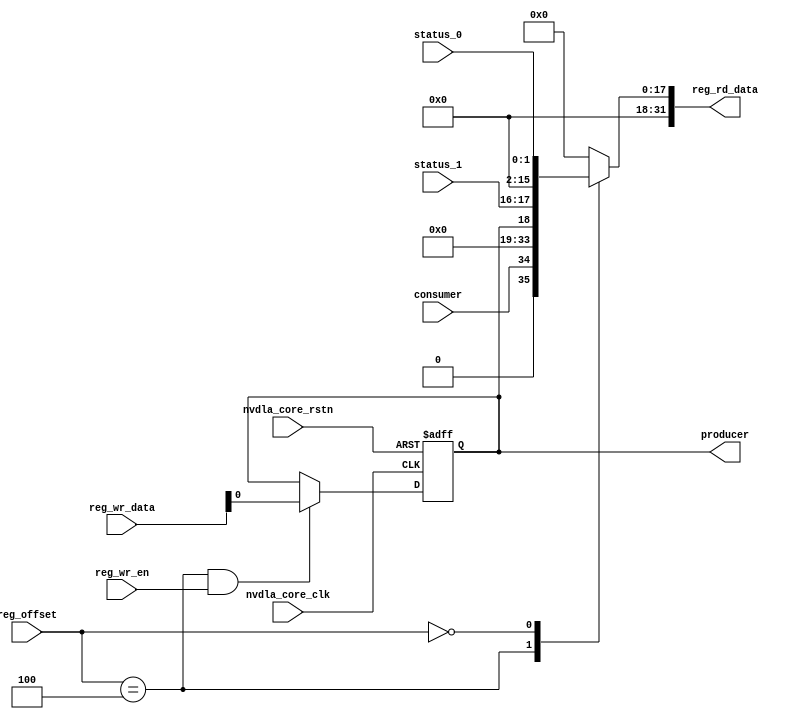
// ================================================================
// NVDLA Open Source Project
// 
// Copyright(c) 2016 - 2017 NVIDIA Corporation.  Licensed under the
// NVDLA Open Hardware License; Check "LICENSE" which comes with 
// this distribution for more information.
// ================================================================


module NV_NVDLA_PDP_REG_single (
   reg_rd_data
  ,reg_offset
   // verilint 498 off
   // leda UNUSED_DEC off
  ,reg_wr_data
   // verilint 498 on
   // leda UNUSED_DEC on
  ,reg_wr_en
  ,nvdla_core_clk
  ,nvdla_core_rstn
  ,producer
  ,consumer
  ,status_0
  ,status_1
  );

wire   [31:0] nvdla_pdp_s_pointer_0_out;
wire   [31:0] nvdla_pdp_s_status_0_out;
wire   [11:0] reg_offset_rd_int;
wire   [31:0] reg_offset_wr;
// Register control interface
output [31:0] reg_rd_data;
input [11:0]  reg_offset;
input [31:0]  reg_wr_data;  //(UNUSED_DEC)
input         reg_wr_en;
input         nvdla_core_clk;
input         nvdla_core_rstn;


// Writable register flop/trigger outputs
output        producer;

// Read-only register inputs
input         consumer;
input [1:0]   status_0;
input [1:0]   status_1;

// wr_mask register inputs

// rstn register inputs

// leda FM_2_23 off
reg           arreggen_abort_on_invalid_wr;
reg           arreggen_abort_on_rowr;
reg           arreggen_dump;
// leda FM_2_23 on
reg           producer;
reg    [31:0] reg_rd_data;

assign reg_offset_wr = {20'b0 , reg_offset};
// SCR signals

// Address decode
wire nvdla_pdp_s_pointer_0_wren = (reg_offset_wr == (32'hd004  & 32'h00000fff)) & reg_wr_en ;  //spyglass disable UnloadedNet-ML //(W528)
wire nvdla_pdp_s_status_0_wren = (reg_offset_wr == (32'hd000  & 32'h00000fff)) & reg_wr_en ;  //spyglass disable UnloadedNet-ML //(W528)

assign nvdla_pdp_s_pointer_0_out[31:0] = { 15'b0, consumer, 15'b0, producer };
assign nvdla_pdp_s_status_0_out[31:0] = { 14'b0, status_1, 14'b0, status_0 };

assign reg_offset_rd_int = reg_offset;
// Output mux
//spyglass disable_block W338, W263 
always @(
  reg_offset_rd_int
  or nvdla_pdp_s_pointer_0_out
  or nvdla_pdp_s_status_0_out
  ) begin
  case (reg_offset_rd_int)
     (32'hd004  & 32'h00000fff): begin 
                            reg_rd_data =  nvdla_pdp_s_pointer_0_out ;
                            end 
     (32'hd000  & 32'h00000fff): begin 
                            reg_rd_data =  nvdla_pdp_s_status_0_out ;
                            end 
    default: reg_rd_data = {32{1'b0}};
  endcase
end

//spyglass enable_block W338, W263

// spyglass disable_block STARC-2.10.1.6, NoConstWithXZ, W443

// Register flop declarations
always @(posedge nvdla_core_clk or negedge nvdla_core_rstn) begin
  if (!nvdla_core_rstn) begin
    producer <= 1'b0;
  end else begin
  // Not generating flops for read-only field NVDLA_PDP_S_POINTER_0::consumer

  // Register: NVDLA_PDP_S_POINTER_0    Field: producer
  if (nvdla_pdp_s_pointer_0_wren) begin
    producer <= reg_wr_data[0];
  end

  // Not generating flops for read-only field NVDLA_PDP_S_STATUS_0::status_0

  // Not generating flops for read-only field NVDLA_PDP_S_STATUS_0::status_1

  end
end
// spyglass enable_block STARC-2.10.1.6, NoConstWithXZ, W443

// synopsys translate_off
// VCS coverage off
initial begin
  arreggen_dump                  = $test$plusargs("arreggen_dump_wr");
  arreggen_abort_on_rowr         = $test$plusargs("arreggen_abort_on_rowr");
  arreggen_abort_on_invalid_wr   = $test$plusargs("arreggen_abort_on_invalid_wr");
  $timeformat(-9, 2, "ns", 15);
end

always @(posedge nvdla_core_clk) begin
  if (reg_wr_en) begin
    case(reg_offset)
      (32'hd004  & 32'h00000fff): if (arreggen_dump) $display("%t:%m: reg wr: NVDLA_PDP_S_POINTER_0 = 0x%h (old value: 0x%h, 0x%b))", $time, reg_wr_data, nvdla_pdp_s_pointer_0_out, nvdla_pdp_s_pointer_0_out);
      (32'hd000  & 32'h00000fff): begin
          if (arreggen_dump) $display("%t:%m: read-only reg wr: NVDLA_PDP_S_STATUS_0 = 0x%h", $time, reg_wr_data);
          if (arreggen_abort_on_rowr) begin $display("ERROR: write to read-only register!"); $finish; end
        end
      default: begin
          if (arreggen_dump) $display("%t:%m: reg wr: Unknown register (0x%h) = 0x%h", $time, reg_offset, reg_wr_data);
          if (arreggen_abort_on_invalid_wr) begin $display("ERROR: write to undefined register!"); $finish; end
        end
    endcase
  end
end

// VCS coverage on
// synopsys translate_on

endmodule // NV_NVDLA_PDP_REG_single